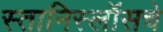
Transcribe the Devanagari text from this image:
स्तानिस्लॉसचे